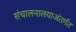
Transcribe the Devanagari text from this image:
संचालनालयाअंतर्गत